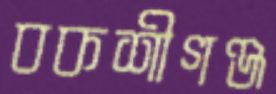
বকশীগঞ্জ